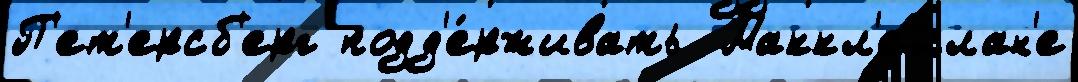
П'ет'ерсб'ерг подд'е́рживать  Маккл'еллан'е